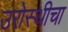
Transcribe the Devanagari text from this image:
उरोस्थीचा